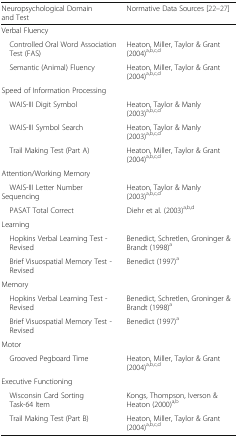
<table><thead><tr><td><b>Neuropsychological Domain and Test</b></td><td><b>Normative Data Sources [22–27]</b></td></tr></thead><tbody><tr><td colspan="2">Verbal Fluency</td></tr><tr><td> Controlled Oral Word Association Test (FAS)</td><td>Heaton, Miller, Taylor &amp; Grant (2004)<sup>a,b,c,d</sup></td></tr><tr><td> Semantic (Animal) Fluency</td><td>Heaton, Miller, Taylor &amp; Grant (2004)<sup>a,b,c,d</sup></td></tr><tr><td colspan="2">Speed of Information Processing</td></tr><tr><td> WAIS-III Digit Symbol</td><td>Heaton, Taylor &amp; Manly (2003)<sup>a,b,c,d</sup></td></tr><tr><td> WAIS-III Symbol Search</td><td>Heaton, Taylor &amp; Manly (2003)<sup>a,b,c,d</sup></td></tr><tr><td> Trail Making Test (Part A)</td><td>Heaton, Miller, Taylor &amp; Grant (2004)<sup>a,b,c,d</sup></td></tr><tr><td colspan="2">Attention/Working Memory</td></tr><tr><td> WAIS-III Letter Number Sequencing</td><td>Heaton, Taylor &amp; Manly (2003)<sup>a,b,c,d</sup></td></tr><tr><td> PASAT Total Correct</td><td>Diehr et al. (2003)<sup>a,b,d</sup></td></tr><tr><td colspan="2">Learning</td></tr><tr><td> Hopkins Verbal Learning Test - Revised</td><td>Benedict, Schretlen, Groninger &amp; Brandt (1998)<sup>a</sup></td></tr><tr><td> Brief Visuospatial Memory Test - Revised</td><td>Benedict (1997)<sup>a</sup></td></tr><tr><td colspan="2">Memory</td></tr><tr><td> Hopkins Verbal Learning Test - Revised</td><td>Benedict, Schretlen, Groninger &amp; Brandt (1998)<sup>a</sup></td></tr><tr><td> Brief Visuospatial Memory Test - Revised</td><td>Benedict (1997)<sup>a</sup></td></tr><tr><td colspan="2">Motor</td></tr><tr><td> Grooved Pegboard Time</td><td>Heaton, Miller, Taylor &amp; Grant (2004)<sup>a,b,c,d</sup></td></tr><tr><td colspan="2">Executive Functioning</td></tr><tr><td> Wisconsin Card Sorting Task-64 Item</td><td>Kongs, Thompson, Iverson &amp; Heaton (2000)<sup>a,b</sup></td></tr><tr><td> Trail Making Test (Part B)</td><td>Heaton, Miller, Taylor &amp; Grant (2004)<sup>a,b,c,d</sup></td></tr></tbody></table>